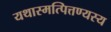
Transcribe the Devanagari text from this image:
यथास्मत्पित्तण्यस्य